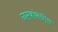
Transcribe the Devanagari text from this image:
नस्कांमधील